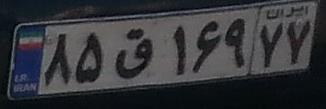
۸۵ق۱۶۹۷۷